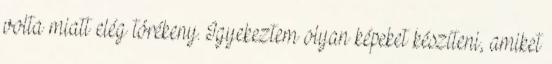
volta miatt elég törékeny. Igyekeztem olyan képeket készíteni, amiket